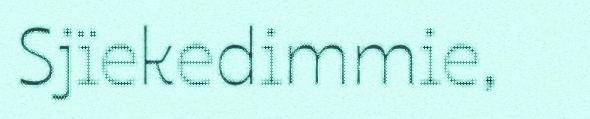
Sjïekedimmie,